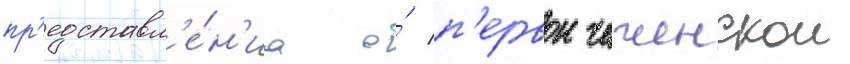
пр'едставл'е́н'иа о́ п'ервои чеченскои